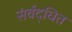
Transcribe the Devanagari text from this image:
संर्वद्धित